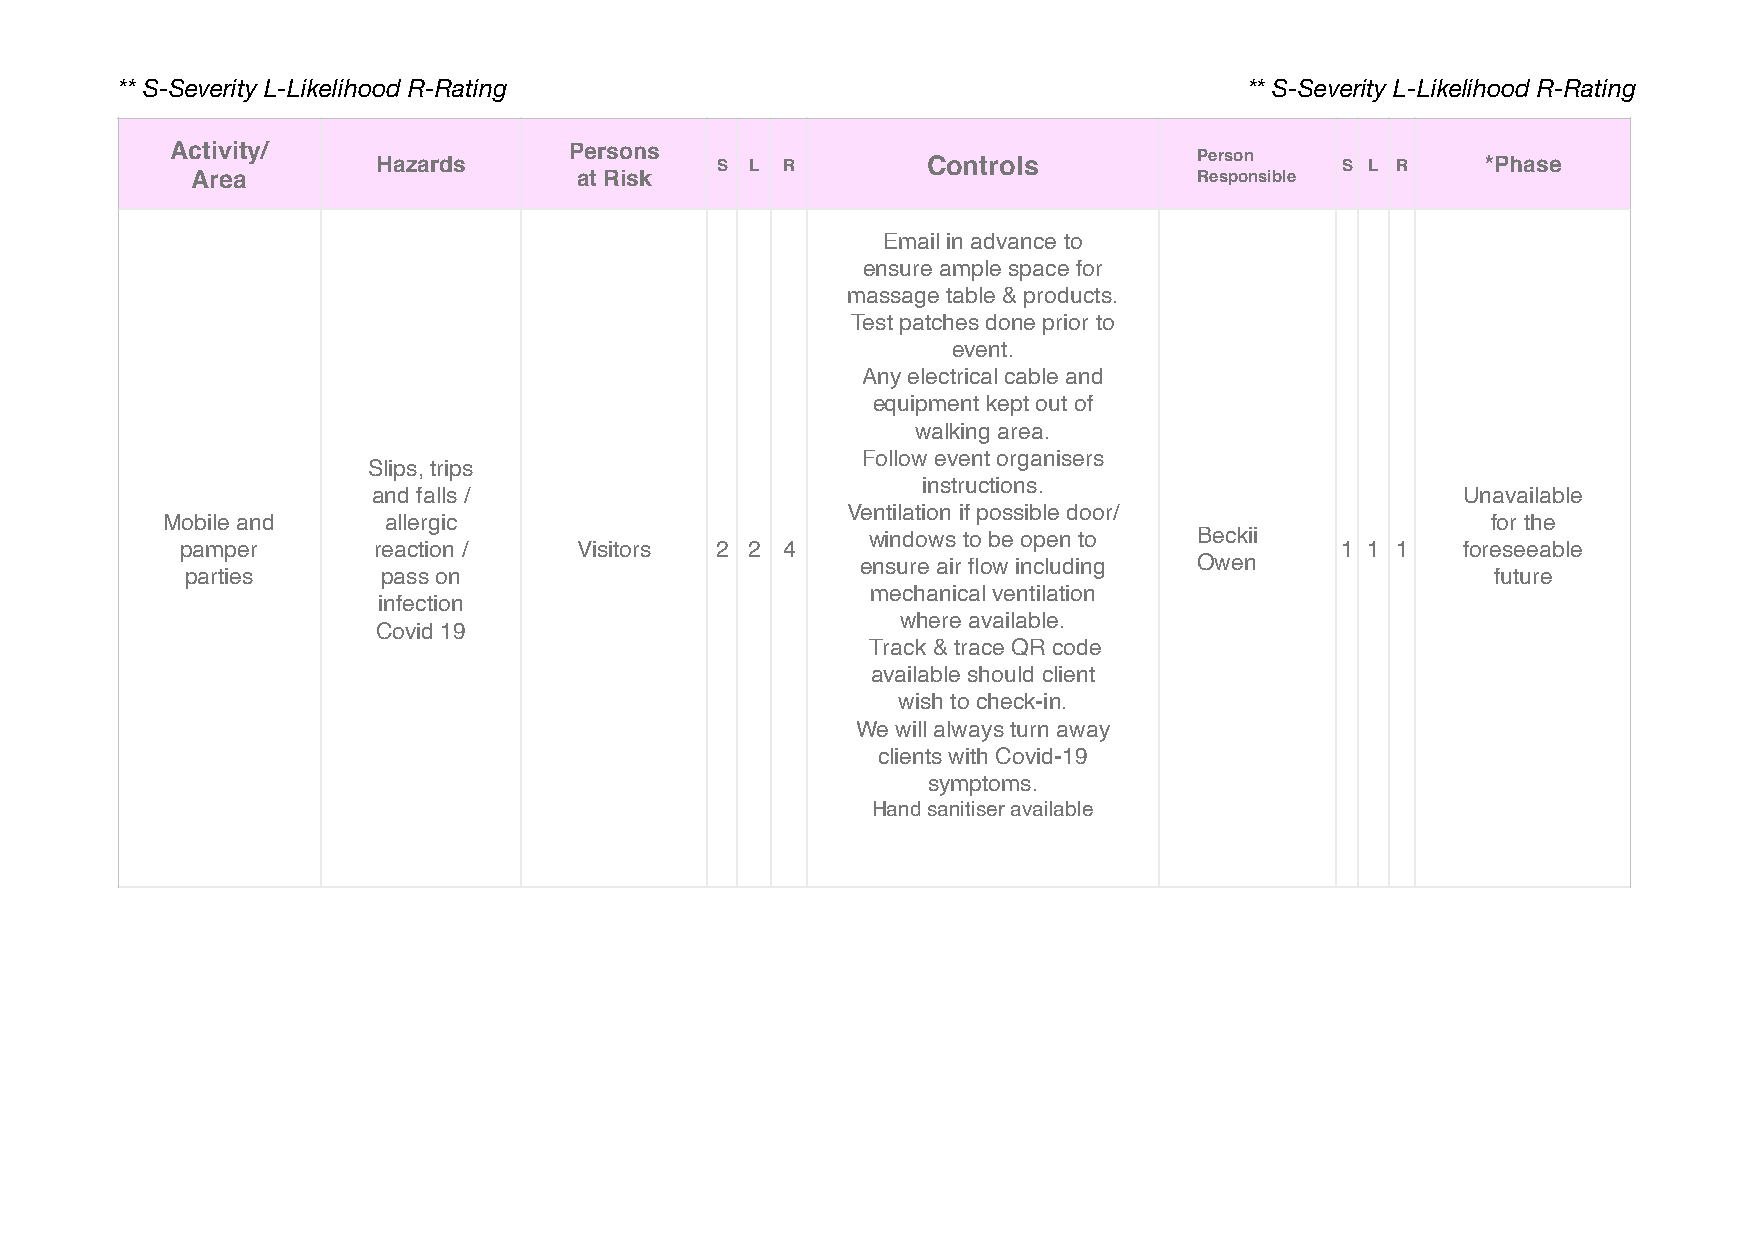
** S-Severity L-Likelihood R-Rating                                        ** S-Severity L-Likelihood R-Rating
 Activity/     Hazards      Persons  S  L R        Controls          Person    S L R    *Phase
 Area                     at Risk                                  Responsible
 Email in advance to
 ensure ample space for
 massage table & products.
 Test patches done prior to
 event.
 Any electrical cable and
 equipment kept out of
 walking area.
 Follow event organisers
 Slips, trips
 instructions.
 and falls /                                                             Unavailable
 Ventilation if possible door/
 Mobile and    allergic                                                                  for the
 windows to be open to Beckii
 pamper       reaction /   Visitors 2 2  4                                    1 1 1   foreseeable
 ensure air flow including Owen
 parties      pass on                                                                   future
 mechanical ventilation
 infection
 where available.
 Covid 19
 Track & trace QR code
 available should client
 wish to check-in.
 We will always turn away
 clients with Covid-19
 symptoms.
 Hand sanitiser available